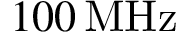
1 0 0 \, \mathrm { M H z }